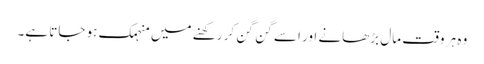
وہ ہر وقت مال بڑھانے اور اسے گن گن کر رکھنے میں منہمک ہو جاتا ہے۔